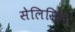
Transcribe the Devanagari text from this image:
सेलिसिस